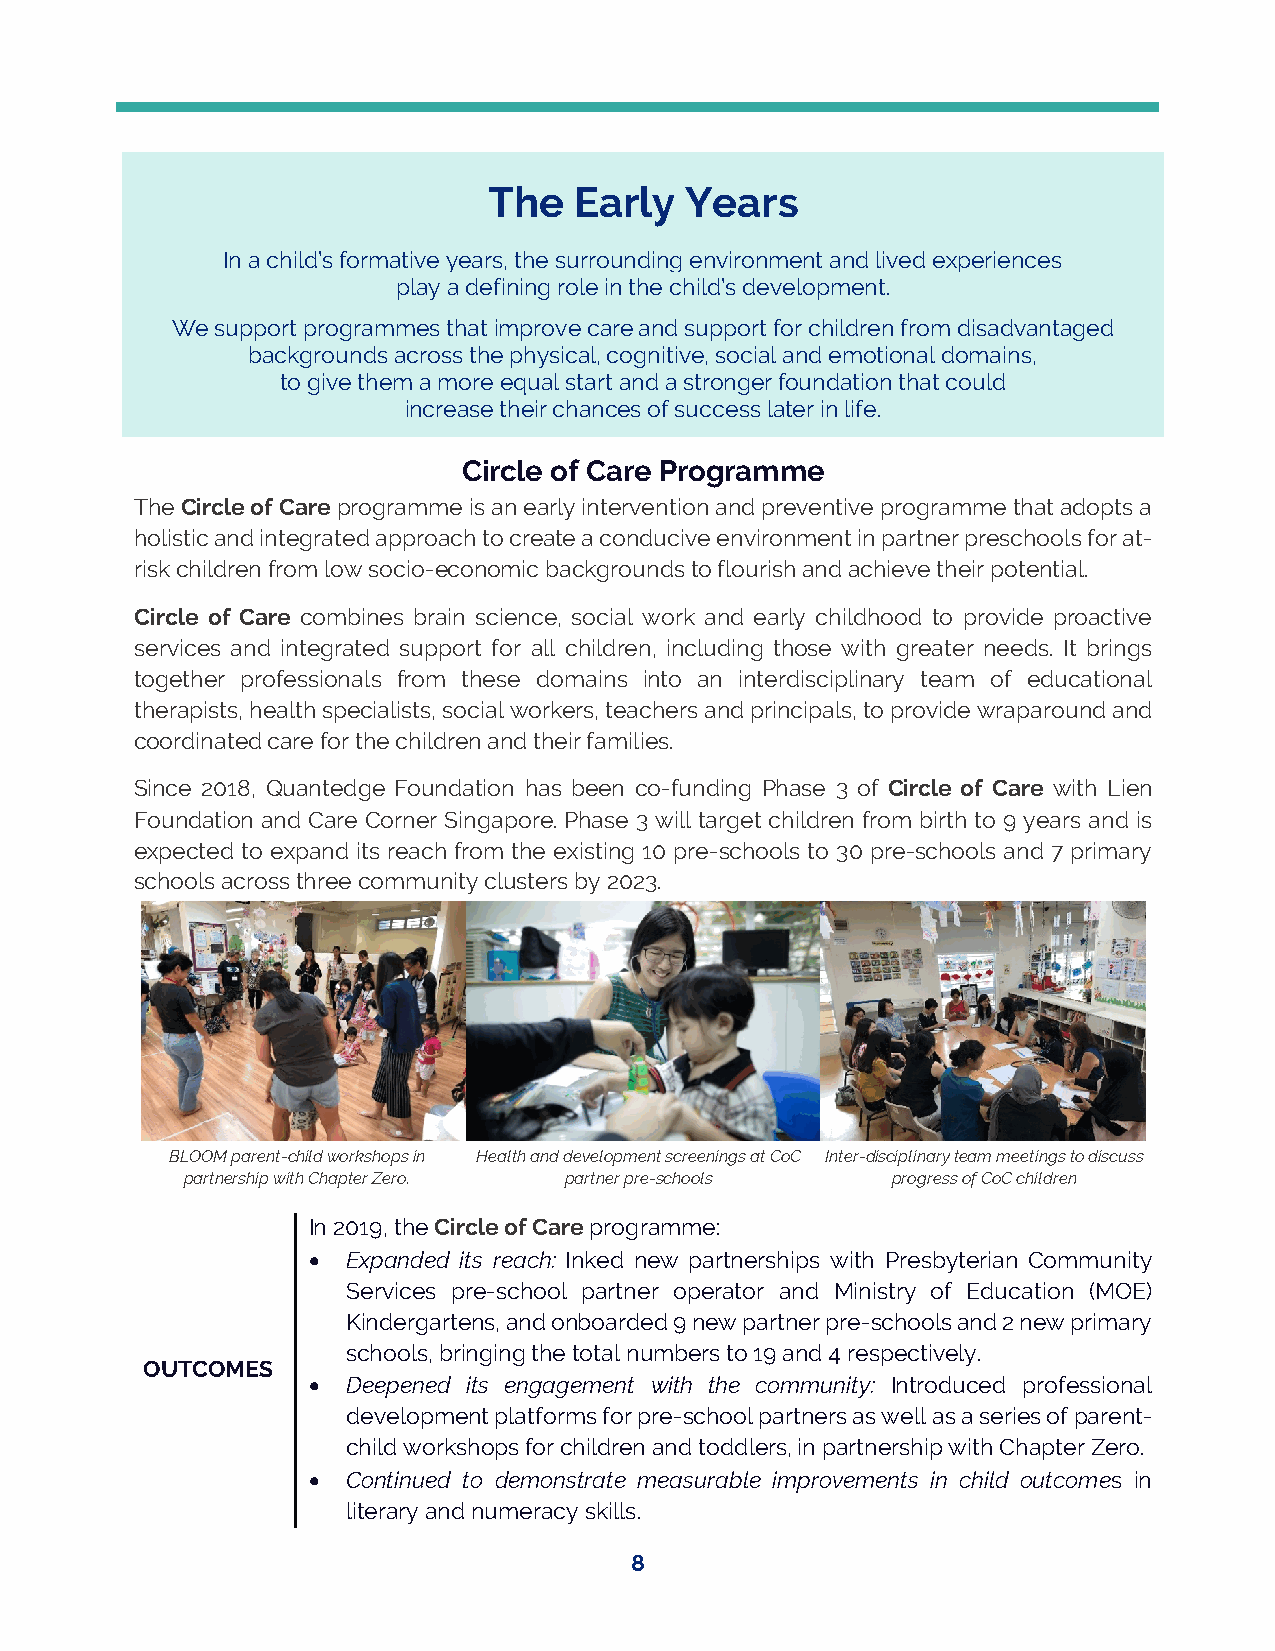
The   Early  Years
 In a child’s formative years, the surrounding environment and lived experiences
 play a defining role in the child’s development.
 We support programmes that improve care and support for children from disadvantaged
 backgrounds across the physical, cognitive, social and emotional domains,
 to give them a more equal start and a stronger foundation that could
 increase their chances of success later in life.
 Circle of Care Programme
 The Circle of Care programme is an early intervention and preventive programme that adopts a
 holistic and integrated approach to create a conducive environment in partner preschools for at-
 risk children from low socio-economic backgrounds to flourish and achieve their potential.
 Circle of Care combines brain science, social work and early childhood to provide proactive
 services and integrated support for all children, including those with greater needs. It brings
 together professionals from these domains into an interdisciplinary team of educational
 therapists, health specialists, social workers, teachers and principals, to provide wraparound and
 coordinated care for the children and their families.
 Since 2018, Quantedge Foundation has been co-funding Phase 3 of Circle of Care with Lien
 Foundation and Care Corner Singapore. Phase 3 will target children from birth to 9 years and is
 expected to expand its reach from the existing 10 pre-schools to 30 pre-schools and 7 primary
 schools across three community clusters by 2023.
 BLOOM parent-child workshops in Health and development screenings at CoC Inter-disciplinary team meetings to discuss
 partnership with Chapter Zero. partner pre-schools progress of CoC children
 In 2019, the Circle of Care programme:
 •  Expanded its reach: Inked new partnerships with Presbyterian Community
 Services pre-school partner operator and Ministry of Education (MOE)
 Kindergartens, and onboarded 9 new partner pre-schools and 2 new primary
 schools, bringing the total numbers to 19 and 4 respectively.
 OUTCOMES
 •  Deepened its engagement with the community: Introduced professional
 development platforms for pre-school partners as well as a series of parent-
 child workshops for children and toddlers, in partnership with Chapter Zero.
 •  Continued to demonstrate measurable improvements in child outcomes in
 literary and numeracy skills.
 8